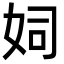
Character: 㚸